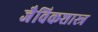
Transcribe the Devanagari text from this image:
जैविकशास्त्र